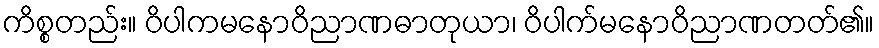
ကိစ္စတည်း။ ဝိပါကမနောဝိညာဏဓာတုယာ၊ ဝိပါက်မနောဝိညာဏတတ်၏။